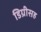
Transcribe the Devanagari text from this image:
डिग्रीसह